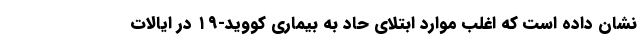
نشان داده است که اغلب موارد ابتلای حاد به بیماری کووید-۱۹ در ایالات